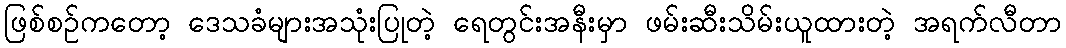
ဖြစ်စဉ်ကတော့ ဒေသခံများအသုံးပြုတဲ့ ရေတွင်းအနီးမှာ ဖမ်းဆီးသိမ်းယူထားတဲ့ အရက်လီတာ